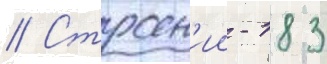
// Строен'ии - 183